Civil Veterinary Dept. Bombay admin report 1900-1906 - 1900-1906
Year: 1900
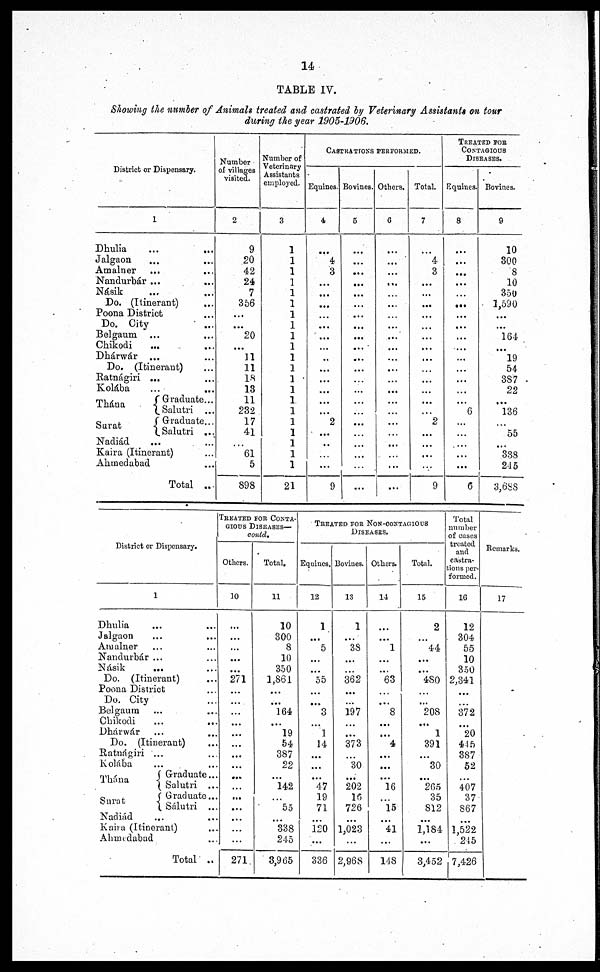
14
TABLE IV.
Showing the number of Animals treated and castrated by Veterinary Assistants on tour
during the year 1905-1906.
District or Dispensary.
1
Dhulia ... ...
Jalgaon ... ...
Amalner ... ...
Nandurbár ... ...
Násik ... ...
Do. (Itinerant) ...
Poona District ...
Do. City ...
Belgaum ... ...
Chikodi ... ...
Dhárwár ... ...
Do. (Itinerant)
Ratnágiri ... ...
Kolába ... ...
Thána
Surat
Graduate...
Salutri ...
Graduate...
Salutri ...
Nadiád ... ...
Kaira (Itinerant) ...
Ahmedabad ...
Total ...
Number
of villages
visited.
2
9
20
42
24
7
356
...
...
20
...
11
11
18
13
11
232
17
41
61
5
898
Number of
Veterinary
Assistants
employed.
3
1
1
1
1
1
1
1
1
1
1
1
1
1
1
11
1
1
1
1
1
21
CASTRATIONS PERFORMED.
Equines.
4
...
4
3
...
...
...
...
...
...
...
...
...
...
...
...
...
2
...
...
9
Bovines.
5
...
...
...
...
...
...
...
...
...
...
...
...
...
...
...
...
...
...
...
...
...
Others.
6
...
...
...
...
...
...
...
...
...
...
...
...
...
...
...
...
...
...
...
...
...
Total.
7
...
4
3
...
...
...
...
...
...
...
...
...
...
...
...
...
2
...
...
...
9
TREATED FOR
CONTAGIOUS
DISEASES.
Equines.
8
...
...
...
...
...
...
...
...
...
...
...
...
...
...
...
6
...
...
...
...
6
Bovines.
9
10
300
8
10
350
1,590
...
...
164
...
19
54
387
22
...
136
55
338
245
3,688
District or Dispensary.
1
Dhulia ... ...
Jalgaon ... ...
Amalner ... ...
Nandurbár ... ...
Násik ... ...
Do. (Itinerant)
Poona District ...
Do. City
Belgaum ... ...
Chikodi
...
...
Dhárwár ... ...
Do. (Itinerant) ...
Ratnágiri ... ...
Kolába ... ...
Thána
Graduate...
Salutri
...
Graduate...
Surat
Sálutri
...
Nadiád ... ...
Kaira (Itinerant) ...
Ahmedabad ...
Total ...
TREATED FOR CONTA-
GIOUS DISEASES—
contd.
Others.
10
...
...
...
...
271
...
...
...
...
...
...
...
...
...
...
...
...
...
271
Total.
11
10
300
8
10
350
1,861
...
...
164
...
19
54
387
22
142
...
55 ...
338
245
3,965
TREATED FOR NON-CONTAGIOUS
DISEASES.
Equines.
12
1
...
5
...
...
55
...
...
3
1
14
...
...
47 19
71
...
120
...
336
Bovines.
13
1
...
38
...
362
...
...
197
...
373
...
30
202
726
...
1,023
...
2,968
Others.
14
...
1
...
...
63
...
...
8
...
...
4
...
...
l6
15
...
41
...
148
Total.
15
2
...
44
...
...
480
...
...
208
...
1
391
...
30
265
35
812
...
1,184
...
3,452
Total
number
of cases
treated
and
castra-
tions per-
formed.
16
12
304
55
10
350
2,341
...
...
372
20
445
387
52
407
37
867
...
1,522
245
7,426
Remarks.
17